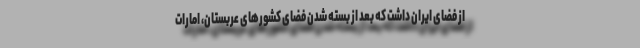
از فضای ایران داشت که بعد از بسته شدن فضای کشورهای عربستان، امارات